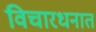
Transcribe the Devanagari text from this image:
विचारधनात